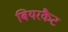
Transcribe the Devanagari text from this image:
बियरकैट